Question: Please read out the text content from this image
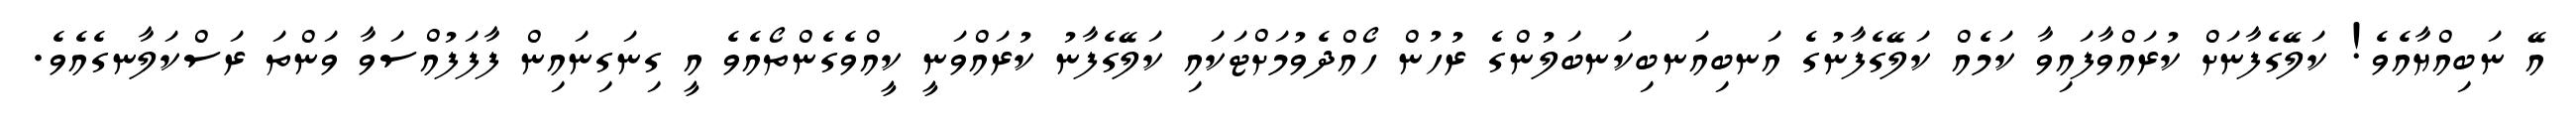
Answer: އޭ ނަބިއްޔާއެވެ! ކަލޭގެފާނަށް ކުރައްވާފައިވާ ކަމެއް ކަލޭގެފާނުގެ އަނބިއަނބިކަނބަލުންގެ ރުހުން ހޯއްދެވުމަށްޓަކައި ކަލޭގެފާނު ކުރައްވަނީ ކީއްވެގެންތޯއެވެ އީ ގިނަގިނައިން ފާފަފުއްސަވާ ވަންތަ ރަސްކަލާނގެއެވެ.